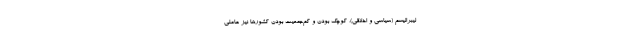
لیبرالیسم (سیاسی و اخلاقی)، کوچک بودن و کم‌جمعیت بودن کشورها نیز عاملی